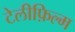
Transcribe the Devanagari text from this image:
टेलीफ़िल्म